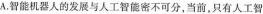
A.智能机器人的发展与人工智能密不可分，当前，只有人工智